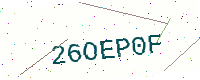
Text: 26OEP0F